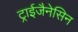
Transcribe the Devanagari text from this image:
ट्राईजैनेसिन